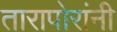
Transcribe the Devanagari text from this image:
तारापोरांनी